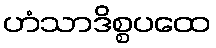
ဟံသာဒိစ္စပထေ